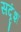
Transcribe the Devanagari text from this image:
सदृंश